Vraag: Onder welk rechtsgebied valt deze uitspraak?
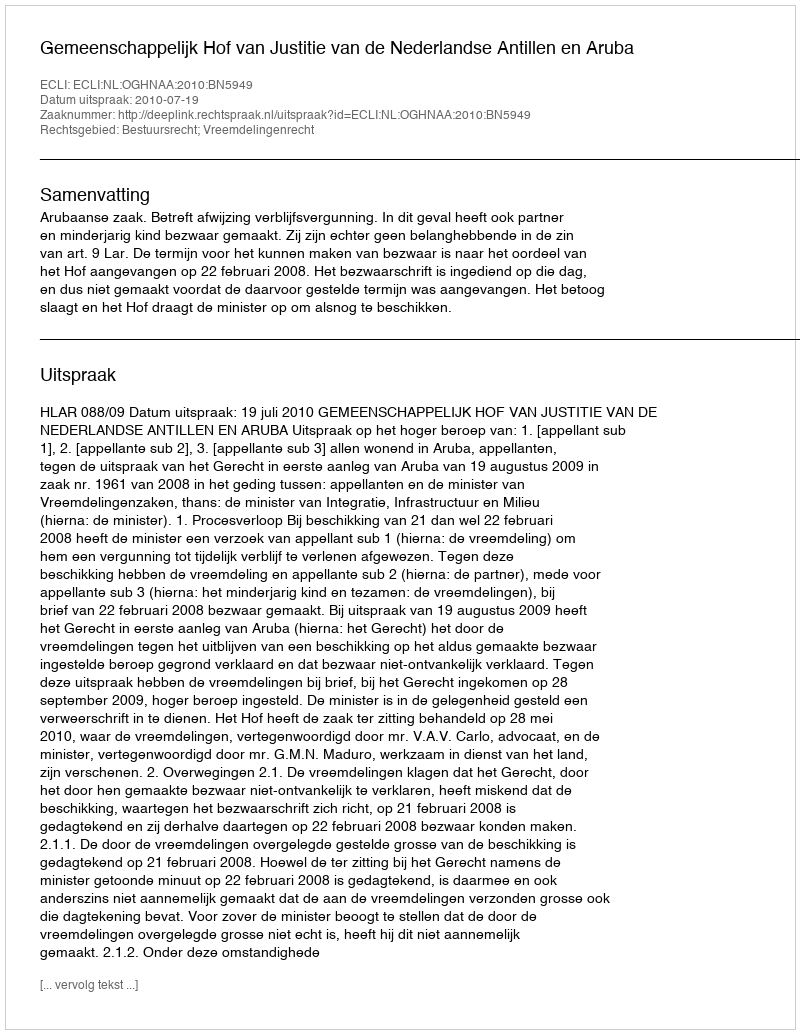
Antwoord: Bestuursrecht; Vreemdelingenrecht